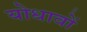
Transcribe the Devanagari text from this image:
योधावों